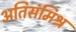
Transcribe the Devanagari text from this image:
अतिसंमिश्र